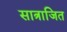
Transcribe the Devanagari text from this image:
सात्राजित